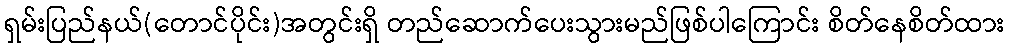
ရှမ်းပြည်နယ်(တောင်ပိုင်း)အတွင်းရှိ တည်ဆောက်ပေးသွားမည်ဖြစ်ပါကြောင်း စိတ်နေစိတ်ထား